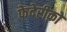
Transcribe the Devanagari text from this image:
फेदेरीक़ो